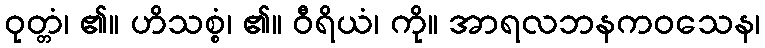
ဝုတ္တံ၊ ၏။ ဟိသစ္စံ၊ ၏။ ဝီရိယံ၊ ကို။ အာရလဘနကဝသေန၊